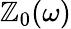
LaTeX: \mathbb{Z}_{0}(\omega)